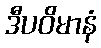
ဒီပဝိမာနံ